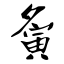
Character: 夤